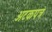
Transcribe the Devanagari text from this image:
अटकपत्र